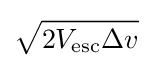
{\sqrt {{2V_{\text{esc}}}{\Delta v}}}